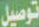
توصيل